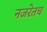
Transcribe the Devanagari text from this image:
नजरेतच